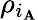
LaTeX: \rho_{i_{\mathbf{A}}}